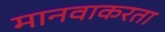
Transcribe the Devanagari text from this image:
मानवाकरता